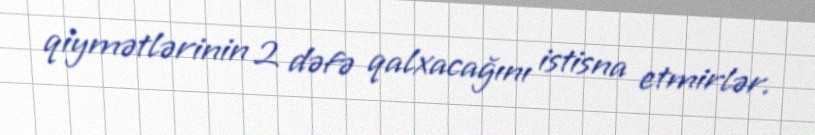
qiymətlərinin 2 dəfə qalxacağını istisna etmirlər.